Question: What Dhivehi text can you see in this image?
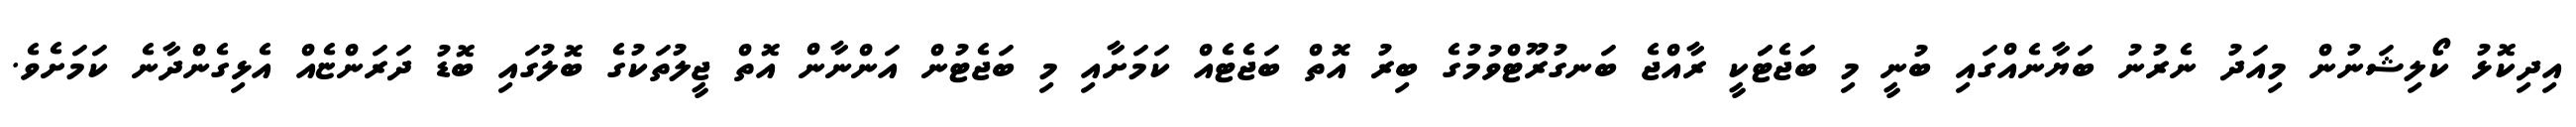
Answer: އިދިކޮޅު ކޯލިޝަނުން މިއަދު ނެރުނު ބަޔާނެއްގައި ބުނީ މި ބަޖެޓަަކީ ރާއްޖެ ބަނގުރޫޓްވުމުގެ ބިރު އޮތް ބަޖެޓެއް ކަމަށާއި މި ބަޖެޓުން އަންނާން އޮތް ޖީލުތަކުގެ ބޮލުގައި ބޮޑު ދަރަންޏެއް އެޅިގެންދާނެ ކަމަށެވެ.